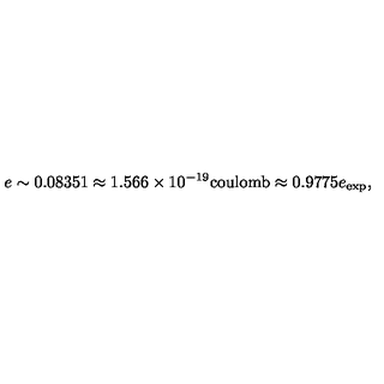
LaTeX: e \sim 0 . 0 8 3 5 1 \approx 1 . 5 6 6 \times 1 0 ^ { - 1 9 } \mathrm { c o u l o m b } \approx 0 . 9 7 7 5 e _ { \mathrm { e x p } } ,